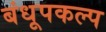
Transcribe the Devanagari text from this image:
बंधूपकल्प